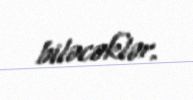
biləcəklər.